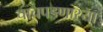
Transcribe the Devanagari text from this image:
चाचपडणाऱ्या